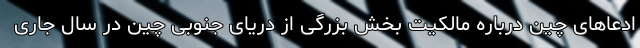
ادعاهای چین درباره مالکیت بخش بزرگی از دریای جنوبی چین در سال جاری